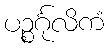
ပဉ္စင်္ဂုလိကံ